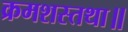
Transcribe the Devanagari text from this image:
क्रमशस्तथा॥